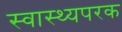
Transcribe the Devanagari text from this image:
स्वास्थ्यपरक